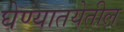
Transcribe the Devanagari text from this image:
घेण्यातयेतील